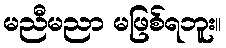
မညီမညာ မဖြစ်ရဘူး။